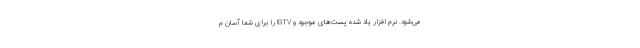
می‌شود. نرم افزار یاد شده پست‌های موجود و IGTV را برای شما آسان م